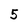
Character: 5